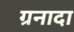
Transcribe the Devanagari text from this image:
ग्रनादा